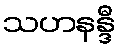
သဟနန္ဒီ